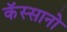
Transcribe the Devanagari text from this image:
कॅस्सानो